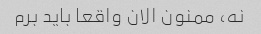
نه، ممنون الان واقعا باید برم